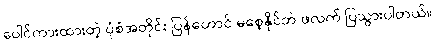
ပေါင်ကားထားတဲ့ ပုံစံအတိုင်း ပြန်တောင် မစေ့နိုင်ဘဲ ဖလက် ပြသွားပါတယ်။